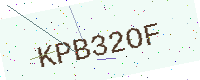
Text: KPB32OF